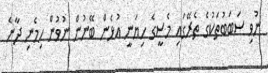
ނުވި ސަބަބުތަކުގެ ތެރޭގައި މެސީގެ ހިޔަނީ އުޅެން ބޭނުން ނުވުން ހިމެނި ދާނެ